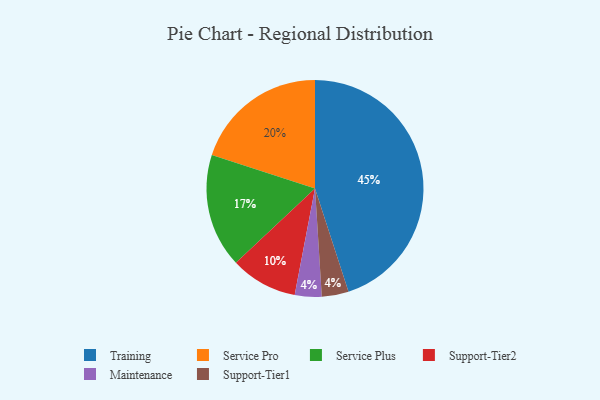
{"axis": {"x": "Category", "y": "Percentage"}, "legend": ["Maintenance", "Service Plus", "Service Pro", "Support-Tier1", "Support-Tier2", "Training"], "data": [{"x": "Service Plus", "y": 17, "type": "Service Plus"}, {"x": "Support-Tier2", "y": 10, "type": "Support-Tier2"}, {"x": "Service Pro", "y": 20, "type": "Service Pro"}, {"x": "Training", "y": 45, "type": "Training"}, {"x": "Maintenance", "y": 4, "type": "Maintenance"}, {"x": "Support-Tier1", "y": 4, "type": "Support-Tier1"}]}